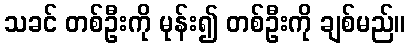
သခင် တစ်ဦးကို မုန်း၍ တစ်ဦးကို ချစ်မည်။